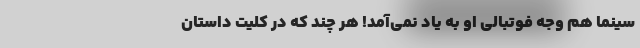
سینما هم وجه فوتبالی او به یاد نمی‌آمد! هر چند که در کلیت داستان